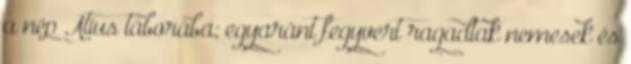
a nép Atius táborába; egyaránt fegyvert ragadtak nemesek és